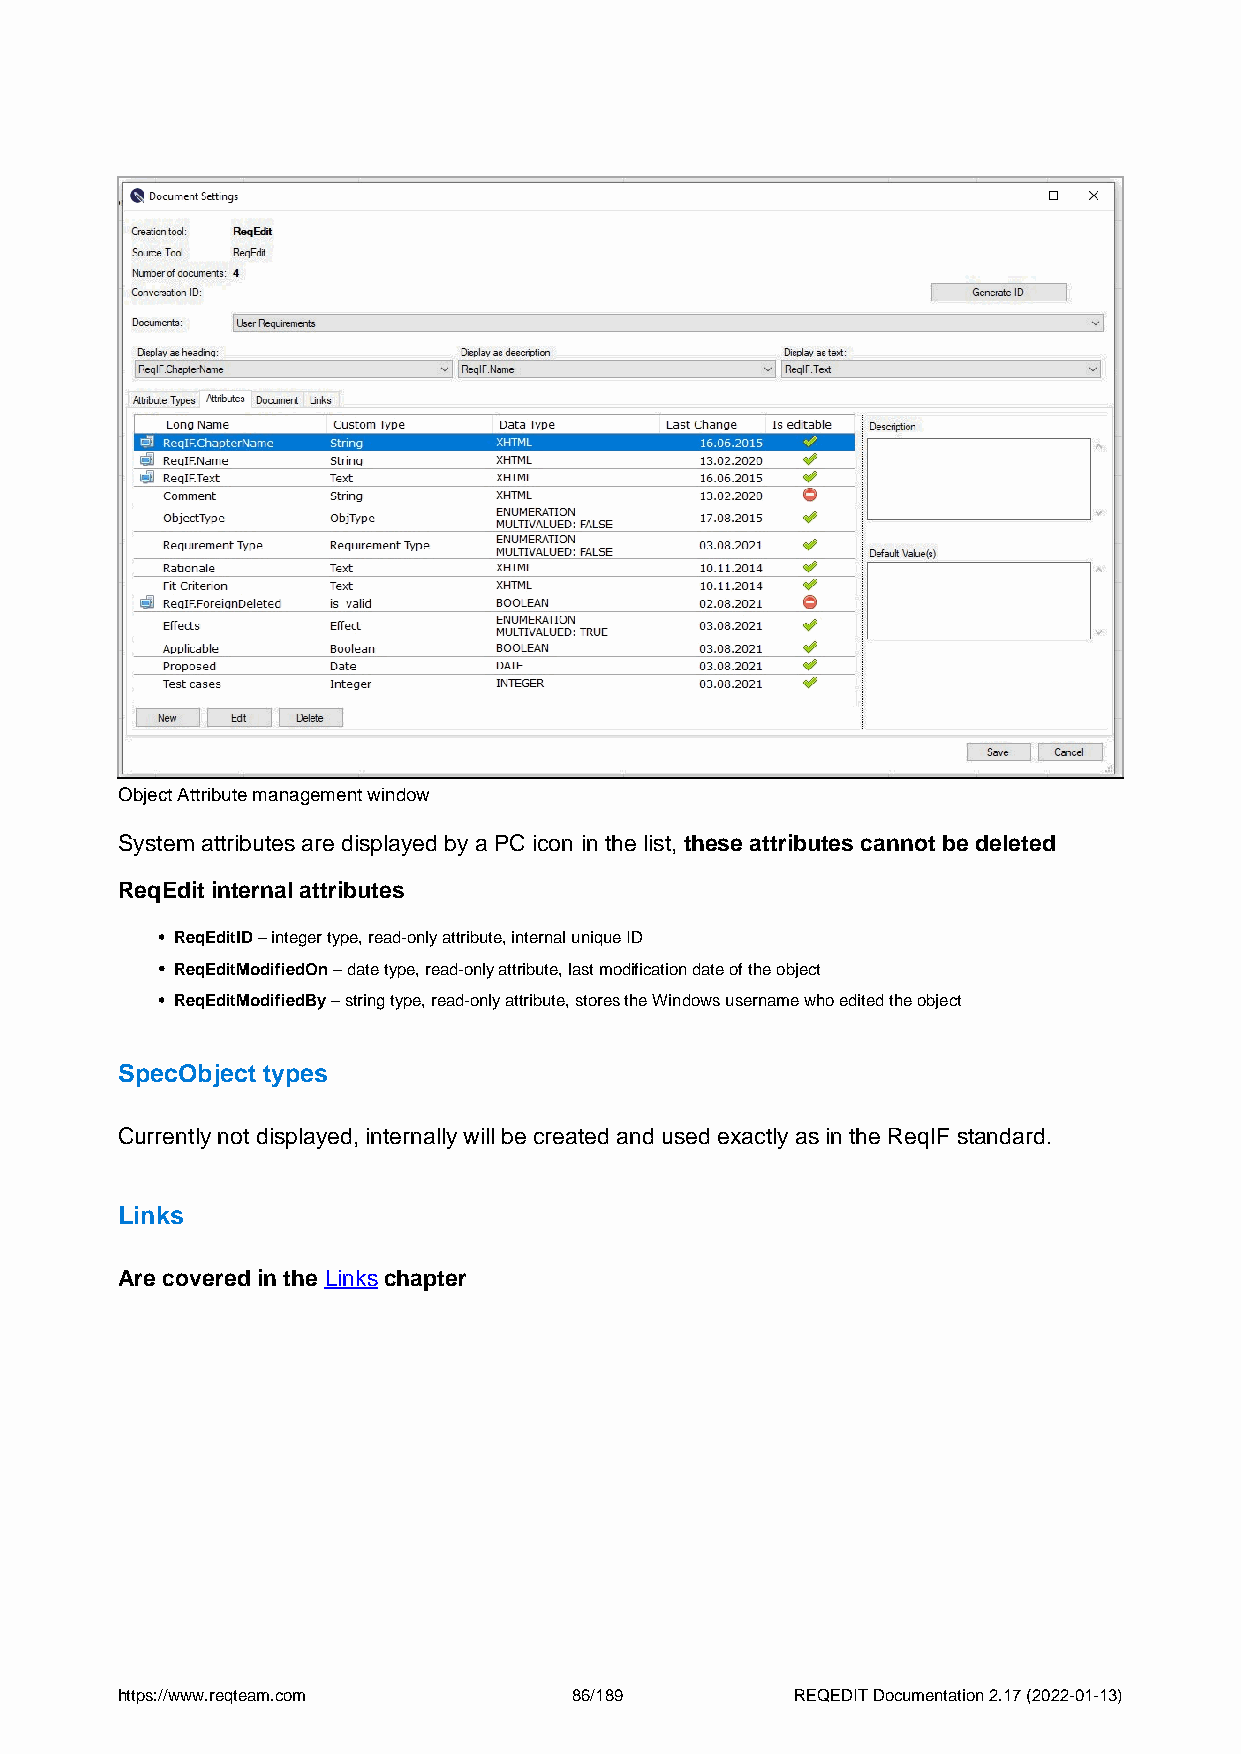
Object Attribute management window
 System attributes are displayed by a PC icon in the list, these attributes cannot be deleted
 ReqEdit internal attributes
 ReqEditID – integer type, read-only attribute, internal unique ID
 ReqEditModifiedOn – date type, read-only attribute, last modification date of the object
 ReqEditModifiedBy – string type, read-only attribute, stores the Windows username who edited the object
 SpecObject types
 Currently not displayed, internally will be created and used exactly as in the ReqIF standard.
 Links
 Are covered in the Links chapter
 https://www.reqteam.com       86/189         REQEDIT Documentation 2.17 (2022-01-13)